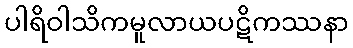
ပါရိဝါသိကမူလာယပဋိကဿနာ